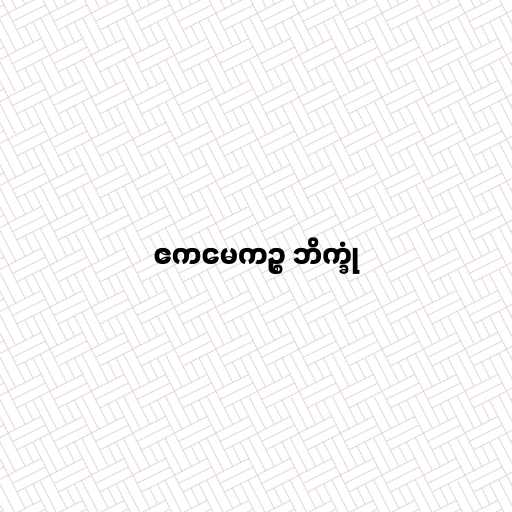
ဧကမေကဉ္စ ဘိက္ခုံ